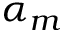
\alpha _ { m }